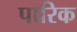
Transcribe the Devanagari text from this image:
पारिक